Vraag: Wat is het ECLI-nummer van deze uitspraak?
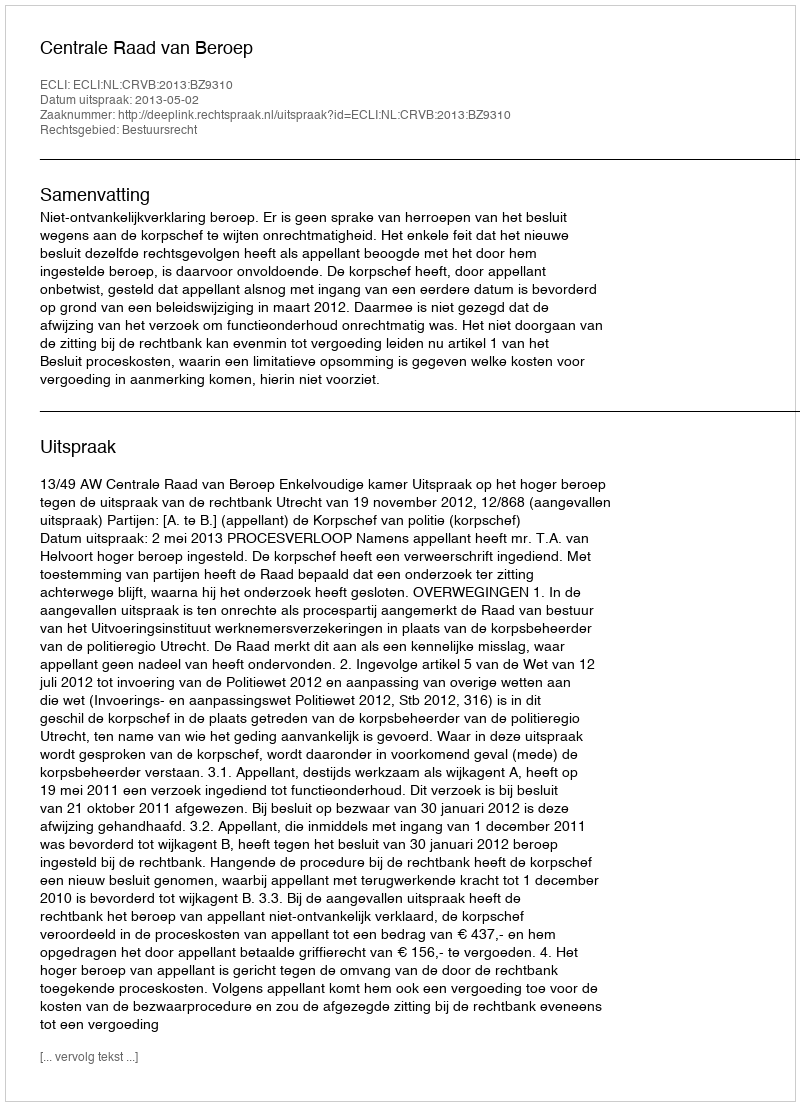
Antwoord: ECLI:NL:CRVB:2013:BZ9310